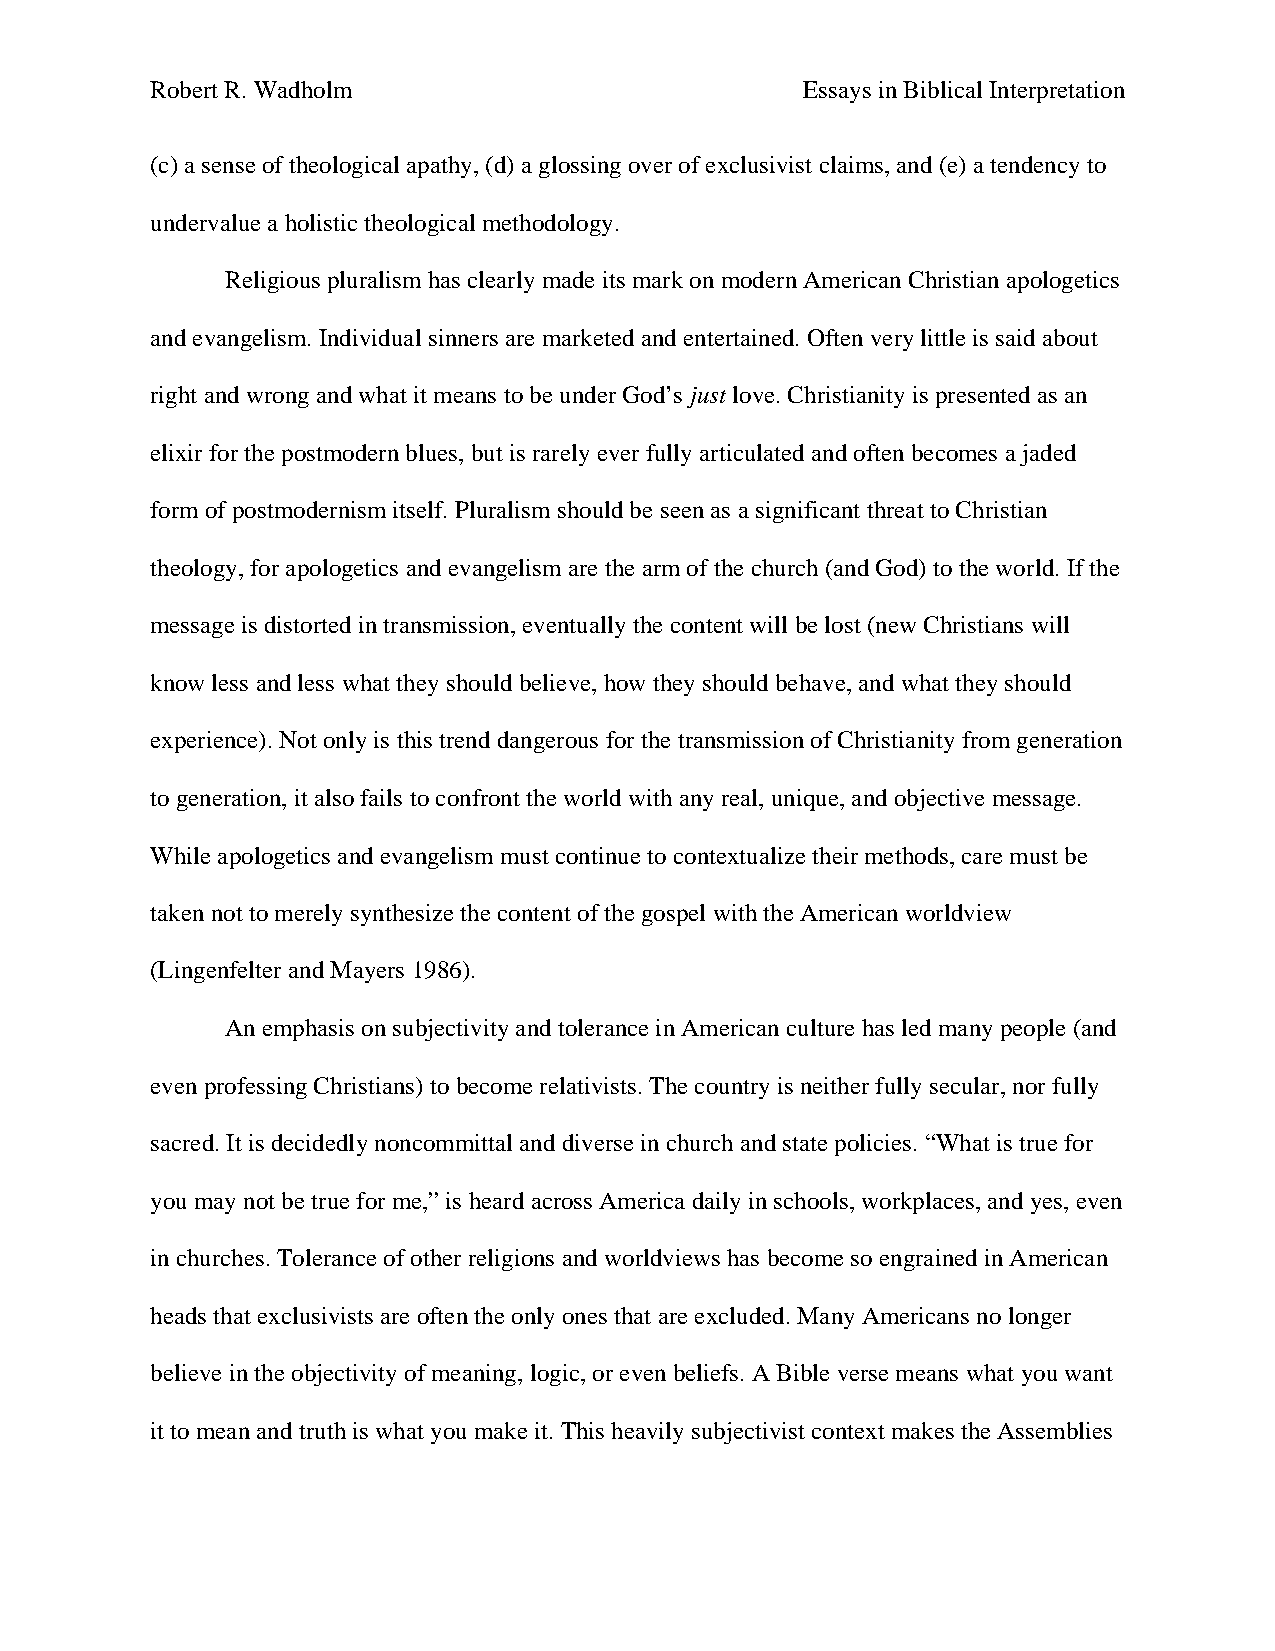
Robert R. Wadholm                          Essays in Biblical Interpretation
 (c) a sense of theological apathy, (d) a glossing over of exclusivist claims, and (e) a tendency to
 undervalue a holistic theological methodology.
 Religious pluralism has clearly made its mark on modern American Christian apologetics
 and evangelism. Individual sinners are marketed and entertained. Often very little is said about
 right and wrong and what it means to be under God’s just love. Christianity is presented as an
 elixir for the postmodern blues, but is rarely ever fully articulated and often becomes a jaded
 form of postmodernism itself. Pluralism should be seen as a significant threat to Christian
 theology, for apologetics and evangelism are the arm of the church (and God) to the world. If the
 message is distorted in transmission, eventually the content will be lost (new Christians will
 know less and less what they should believe, how they should behave, and what they should
 experience). Not only is this trend dangerous for the transmission of Christianity from generation
 to generation, it also fails to confront the world with any real, unique, and objective message.
 While apologetics and evangelism must continue to contextualize their methods, care must be
 taken not to merely synthesize the content of the gospel with the American worldview
 (Lingenfelter and Mayers 1986).
 An emphasis on subjectivity and tolerance in American culture has led many people (and
 even professing Christians) to become relativists. The country is neither fully secular, nor fully
 sacred. It is decidedly noncommittal and diverse in church and state policies. “What is true for
 you may not be true for me,” is heard across America daily in schools, workplaces, and yes, even
 in churches. Tolerance of other religions and worldviews has become so engrained in American
 heads that exclusivists are often the only ones that are excluded. Many Americans no longer
 believe in the objectivity of meaning, logic, or even beliefs. A Bible verse means what you want
 it to mean and truth is what you make it. This heavily subjectivist context makes the Assemblies